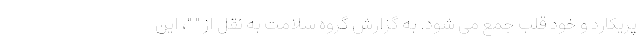
پریکارد و خود قلب جمع می شود. به گزارش گروه سلامت به نقل از " "، این